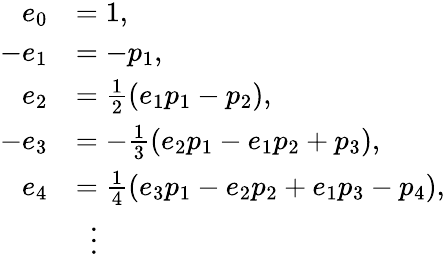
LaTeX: {\begin{array}{rl}{e_{0}}&{=1,}\\ {-e_{1}}&{=-p_{1},}\\ {e_{2}}&{={\frac{1}{2}}(e_{1}p_{1}-p_{2}),}\\ {-e_{3}}&{=-{\frac{1}{3}}(e_{2}p_{1}-e_{1}p_{2}+p_{3}),}\\ {e_{4}}&{={\frac{1}{4}}(e_{3}p_{1}-e_{2}p_{2}+e_{1}p_{3}-p_{4}),}\\ &{\ \ \vdots}\end{array}}